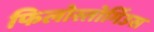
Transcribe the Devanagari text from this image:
फिलोस्तोर्गिउस